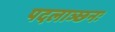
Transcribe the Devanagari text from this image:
पदलाञ्छनः